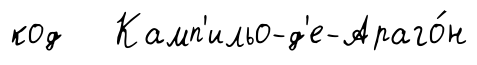
код Камп'ильо-д'е-Араго́н